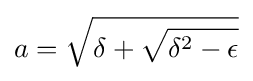
a={\sqrt {\delta +{\sqrt {\delta ^{2}-\epsilon }}}}